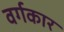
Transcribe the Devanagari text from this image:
वर्गकार